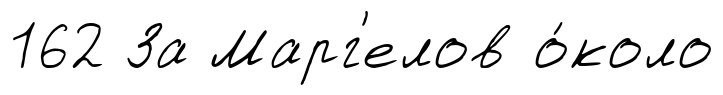
162 За Марг'елов о́коло